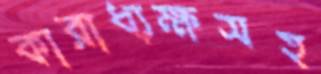
কারাধ্যক্ষসহ